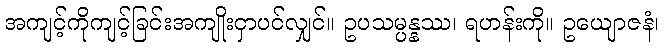
အကျင့်ကိုကျင့်ခြင်းအကျိုးငှာပင်လျှင်။ ဥပသမ္ပန္နဿ၊ ရဟန်းကို။ ဥယျောဇနံ၊